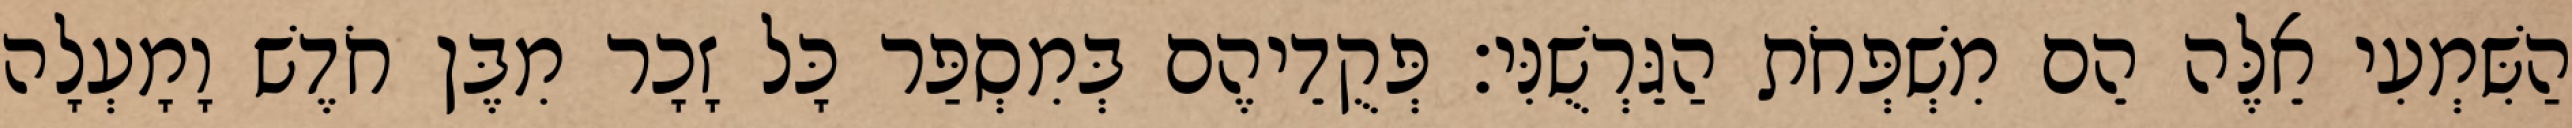
הַשִּׁמְעִי אֵלֶּה הֵם מִשְׁפְּחֹת הַגֵּרְשֻׁנִּי׃ פְּקֻדֵיהֶם בְּמִסְפַּר כָּל זָכָר מִבֶּן חֹדֶשׁ וָמָעְלָה